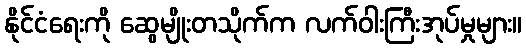
နိုင်ငံရေးကို ဆွေမျိုးတသိုက်က လက်ဝါးကြီးအုပ်မှုများ။